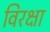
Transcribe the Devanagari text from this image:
विरक्षा